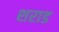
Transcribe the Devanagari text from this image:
शराड